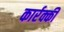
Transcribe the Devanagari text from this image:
कार्रक्की